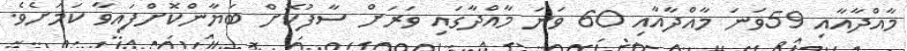
މާއްދާއާއި 59ވަނަ މާއްދާއާއި 60 ވަނަ މާއްދާގައި ވަރަށް ސާފުކޮށް ބަޔާންކޮށްފައިވާ ކަމަށެވެ.